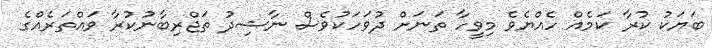
ބަޔަކު ކުރާ ކަމެއް ހެއްޔެވެ މިވީހާ ތަނަށް ދުވަހަކުވެސް ނާޝިދު ތަޖްރިބާނުކުރާ ވައްތަރެއްގެ